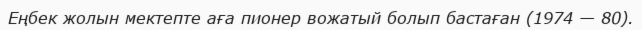
Еңбек жолын мектепте аға пионер вожатый болып бастаған (1974 — 80).